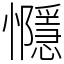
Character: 㦩